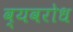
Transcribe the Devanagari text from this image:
व्यवरोध